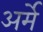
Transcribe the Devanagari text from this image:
अर्मे